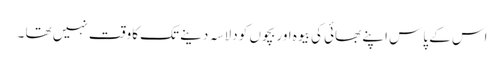
اس کے پاس اپنے بھائی کی بیوہ اور بچوں کو دلاسہ دینے تک کاوقت نہیں تھا ۔